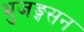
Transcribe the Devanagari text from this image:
भुजङ्गसन